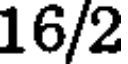
16/2